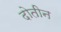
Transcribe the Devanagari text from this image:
दोतीन